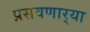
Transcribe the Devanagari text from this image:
प्रसवणार्‍या